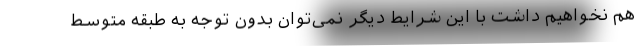
هم نخواهیم داشت با این شرایط دیگر نمی‌توان بدون توجه به طبقه متوسط